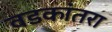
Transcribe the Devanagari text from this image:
वडकांतरा